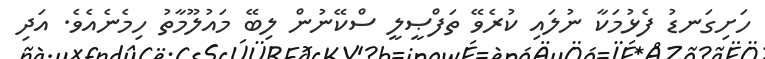
ހަށިގަނޑު ފެޅުމަކާ ނުލައި ކުރެވޭ ތަފްޞީލީ ސްކޭނުން ލިބޭ މައުލޫމާތު ހިމެނެއެވެ. އަދި